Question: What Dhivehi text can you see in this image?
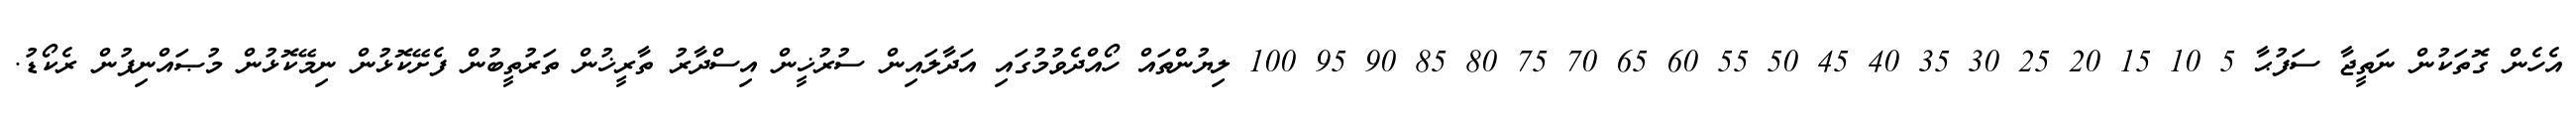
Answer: އެހެން ގޮތަކުން ނަތީޖާ ސަފުޙާ 5 10 15 20 25 30 35 40 45 50 55 60 65 70 75 80 85 90 95 100 ލިޔުންތައް ހޯއްދެވުމުގައި އަދާލައިން ސުރުޚީން އިސްދާރު ތާރީޚުން ތަރުތީބުން ފެށޭކޮޅުން ނިމޭކޮޅުން މުޞައްނިފުން ރެކޯޑު.